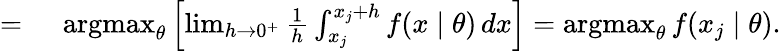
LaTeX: \begin{array}{rl}{={}}&{{}\operatorname{argmax}_{\theta}\left[\operatorname*{lim}_{h\to 0^{+}}{\frac{1}{h}}\int_{x_{j}}^{x_{j}+h}f(x\mid\theta)\, dx\right]=\operatorname{argmax}_{\theta}f(x_{j}\mid\theta).}\end{array}